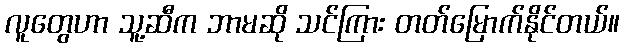
လူတွေဟာ သူ့ဆီက ဘာမဆို သင်ကြား တတ်မြောက်နိုင်တယ်။